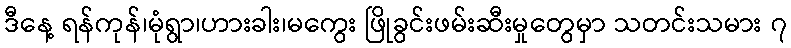
ဒီနေ့ ရန်ကုန်၊မုံရွာ၊ဟားခါး၊မကွေး ဖြိုခွင်းဖမ်းဆီးမှုတွေမှာ သတင်းသမား ၇